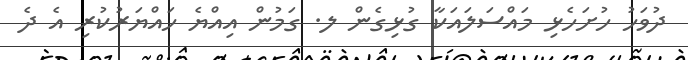
ދުވަހު ހުށަހެޅި މައްސަލައަކާ ގުޅިގެން ލ. ގަމުން އިއްޔެ ހައްޔަރުކުރި އެ ދެ